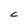
Character: C